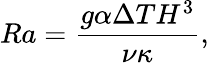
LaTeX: Ra=\frac{g\alpha\Delta TH^{3}}{\nu\kappa},